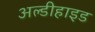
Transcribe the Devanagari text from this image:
अल्डीहाइड